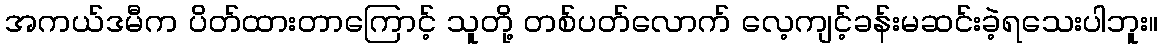
အကယ်ဒမီက ပိတ်ထားတာကြောင့် သူတို့ တစ်ပတ်လောက် လေ့ကျင့်ခန်းမဆင်းခဲ့ရသေးပါဘူး။